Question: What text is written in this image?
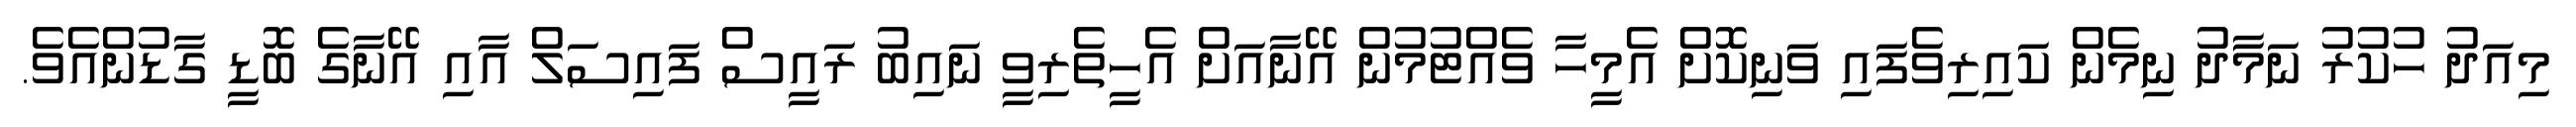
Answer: މިއަދު ހުކުރު ނަމާދު ނިމެން ކައިރިވެފައި ވަނިކޮށް އެމީހާ ވެއްޓުމުން އޭނާއަށް އެހީތެރިވީ ނައިބު ރައީސް ފައިސަލް އާއި އޭނާގެ ބޮޑީ ގާޑުންއެވެ.